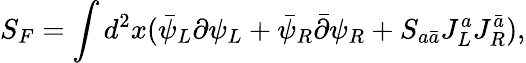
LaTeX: S_{F}=\int d^{2}x(\bar{\psi}_{L}\partial\psi_{L}+\bar{\psi}_{R}\bar{\partial}\psi_{R}+S_{a\bar{a}}J_{L}^{a}J_{R}^{\bar{a}}),